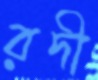
রদী